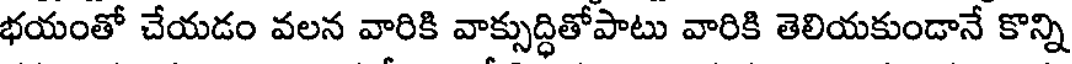
భయంతో చేయడం వలన వారికి వాక్సుద్ధితోపాటు వారికి తెలియకుండానే కొన్ని